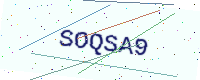
Text: SOQSA9